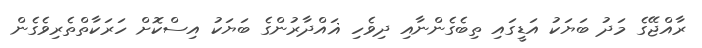
ރާއްޖޭގެ މަދު ބަޔަކު އަޑީގައި ތިބެގެންނާއި ދިވެހި ޣައްދާރުންގެ ބަޔަކު އިސްކޮށް ހަރަކާތްތެރިވެގެން